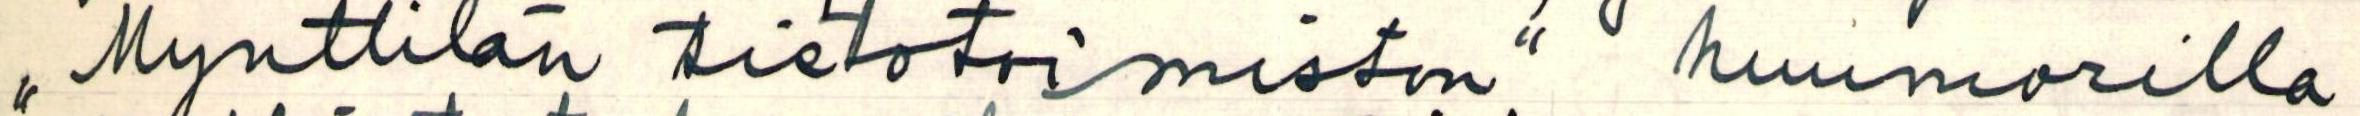
,, Mynttilän tietotoimiston" huumorilla